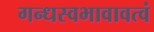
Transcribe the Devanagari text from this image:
गन्धस्वभावावत्वं